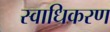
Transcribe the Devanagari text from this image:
स्वाधिकरण